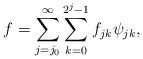
LaTeX: \begin{align*}f=\sum_{j=j_0}^{\infty}\sum_{k=0}^{2^{j}-1}f_{jk}\psi_{jk},\end{align*}